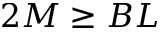
2 M \geq B L